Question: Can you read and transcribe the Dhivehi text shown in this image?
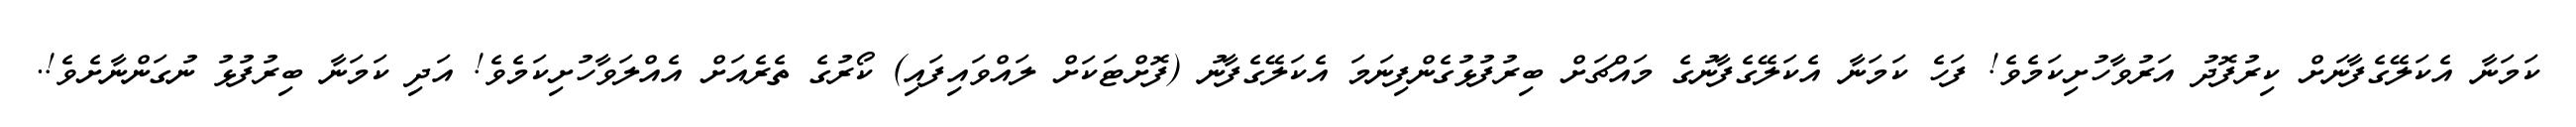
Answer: ކަމަނާ އެކަލޭގެފާނަށް ކިރުފޮދު އަރުވާހުށިކަމެވެ! ފަހެ ކަމަނާ އެކަލޭގެފާނުގެ މައްޗަށް ބިރުފުޅުގެންފިނަމަ އެކަލޭގެފާނު (ފޮށްޓަކަށް ލައްވައިފައި) ކޯރުގެ ތެރެއަށް އެއްލަވާހުށިކަމެވެ! އަދި ކަމަނާ ބިރުފުޅު ނުގަންނާށެވެ!.